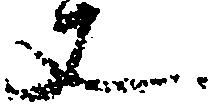
丈